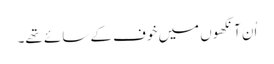
اُن آنکھوں میں خوف کے سائے تھے۔